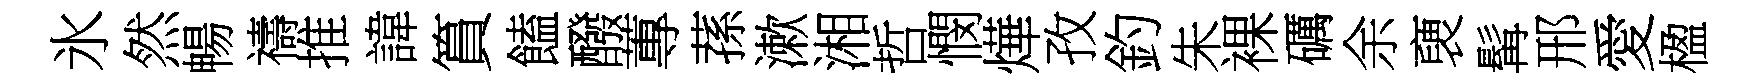
氷然暢禱推諱篔饁醱蓴蓀漱湘哲憫燁孜釣朱裸礪余褏髯邢愛楹